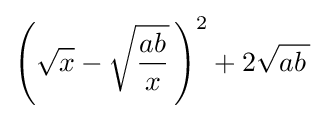
\left({\sqrt {x}}-{\sqrt {\frac {ab}{x}}}\,\right)^{2}+2{\sqrt {ab\,{}}}